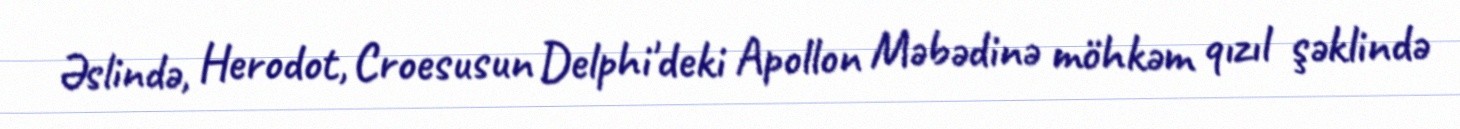
Əslində, Herodot, Croesusun Delphi'deki Apollon Məbədinə möhkəm qızıl şəklində